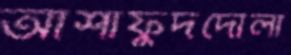
আশাফুদদৌলা